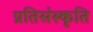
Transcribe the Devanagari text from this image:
प्रतिसंस्कृति